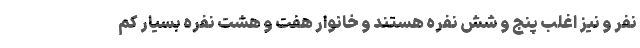
نفر و نیز اغلب پنج و شش نفره هستند و خانوار هفت و هشت نفره بسیار کم